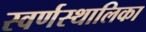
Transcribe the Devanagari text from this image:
स्वर्णस्थालिका